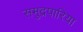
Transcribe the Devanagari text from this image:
समुद्रपारिया